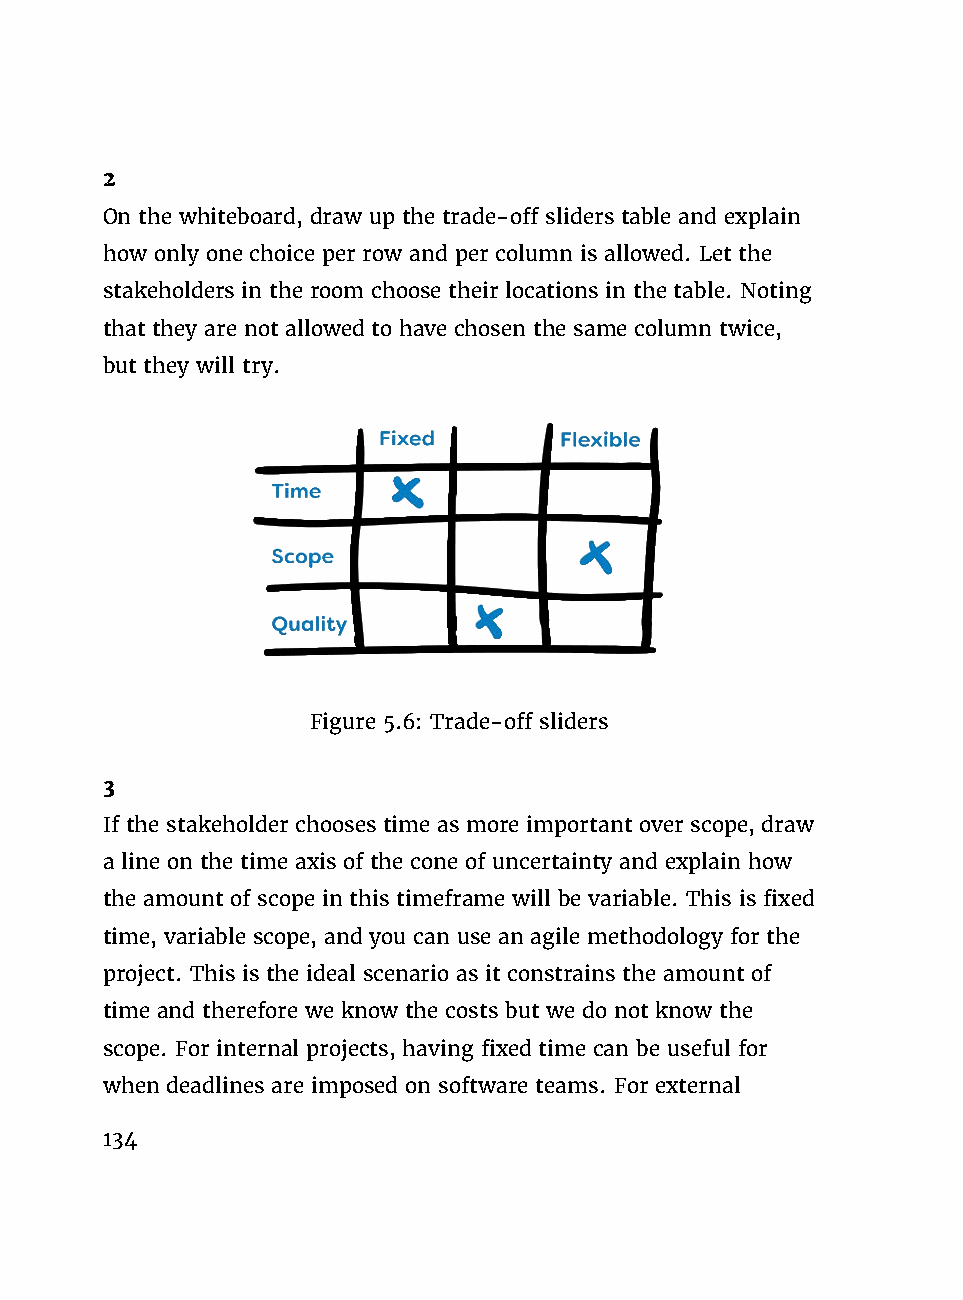
2
 On the whiteboard, draw up the trade-off sliders table and explain
 how only one choice per row and per column is allowed. Let the
 stakeholders in the room choose their locations in the table. Noting
 that they are not allowed to have chosen the same column twice,
 but they will try.
 Figure 5.6: Trade-off sliders
 3
 If the stakeholder chooses time as more important over scope, draw
 a line on the time axis of the cone of uncertainty and explain how
 the amount of scope in this timeframe will be variable. This is fixed
 time, variable scope, and you can use an agile methodology for the
 project. This is the ideal scenario as it constrains the amount of
 time and therefore we know the costs but we do not know the
 scope. For internal projects, having fixed time can be useful for
 when deadlines are imposed on software teams. For external
 134